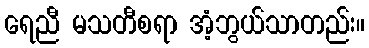
ရေညီ မသတီစရာ အံ့ဘွယ်သာတည်း။